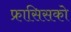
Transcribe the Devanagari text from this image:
फ्रासिसको